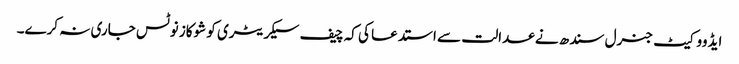
ایڈووکیٹ جنرل سندھ نے عدالت سے استدعا کی کہ چیف سیکریٹری کو شوکاز نوٹس جاری نہ کرے۔